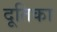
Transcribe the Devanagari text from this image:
दूतिका